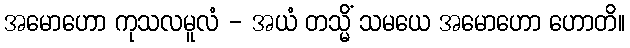
အမောဟော ကုသလမူလံ - အယံ တသ္မိံ သမယေ အမောဟော ဟောတိ။